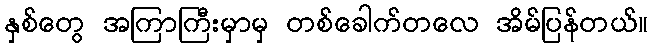
နှစ်တွေ အကြာကြီးမှာမှ တစ်ခေါက်တလေ အိမ်ပြန်တယ်။